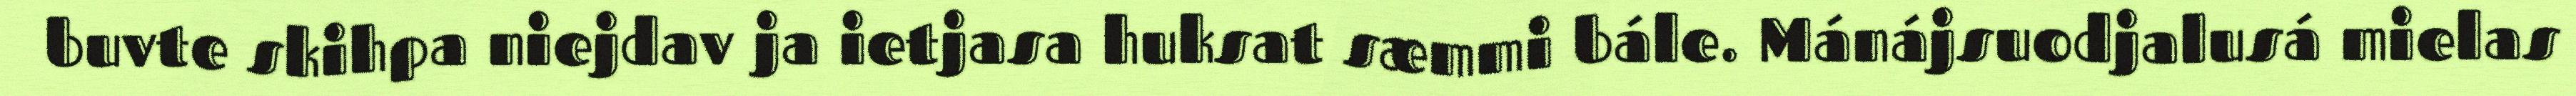
buvte skihpa niejdav ja ietjasa huksat sæmmi bále. Mánájsuodjalusá mielas